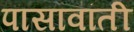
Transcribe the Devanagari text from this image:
पासावांती